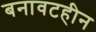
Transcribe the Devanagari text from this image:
बनावटहीन